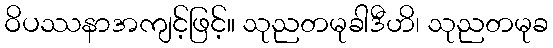
ဝိပဿနာအကျင့်ဖြင့်။ သုညတမုခါဒီဟိ၊ သုညတမုခ